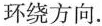
环绕方向.